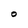
Character: O